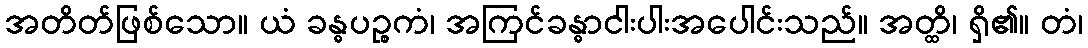
အတိတ်ဖြစ်သော။ ယံ ခန္ဓပဉ္စကံ၊ အကြင်ခန္ဓာငါးပါးအပေါင်းသည်။ အတ္ထိ၊ ရှိ၏။ တံ၊